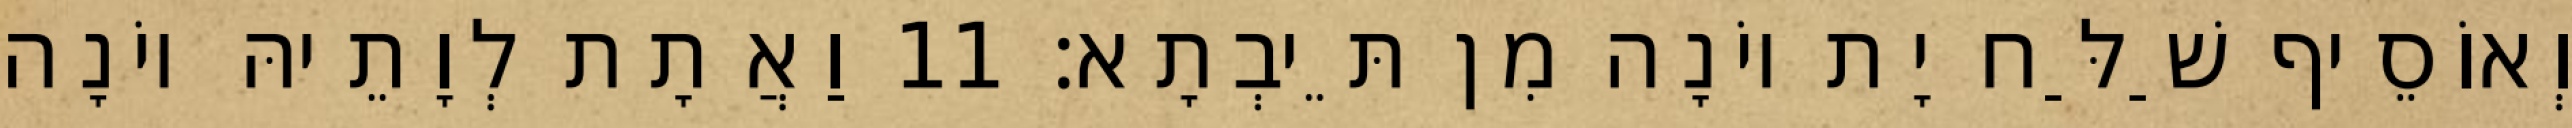
וְאוֹסֵיף שַׁלַּח יָת יוֹנָה מִן תֵּיבְתָא׃ 11 וַאֲתָת לְוָתֵיהּ יוֹנָה